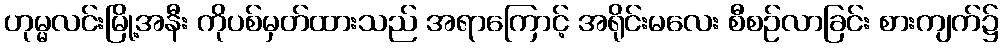
ဟုမ္မလင်းမြို့အနီး ကိုပစ်မှတ်ထားသည် အရာကြောင့် အရိုင်းမလေး စီစဉ်လာခြင်း စားကျက်၌